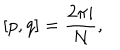
LaTeX: [ p , q ] = \frac { 2 \pi i } { N } ,